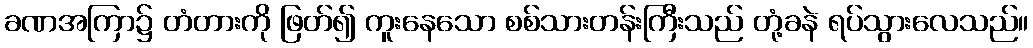
ခဏအကြာ၌ တံတားကို ဖြတ်၍ ကူးနေသော စစ်သားတန်းကြီးသည် တုံ့ခနဲ ရပ်သွားလေသည်။